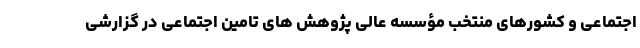
اجتماعی و کشورهای منتخب مؤسسه عالی پژوهش های تامین اجتماعی در گزارشی